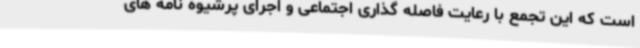
است که این تجمع با رعایت فاصله گذاری اجتماعی و اجرای پرشیوه نامه های